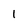
Character: l